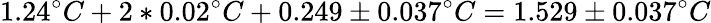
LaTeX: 1.24^{\circ}C+2*0.02^{\circ}C+0.249\pm 0.037^{\circ}C=1.529\pm 0.037^{\circ}C